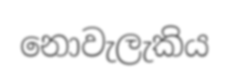
නොවැලැකිය